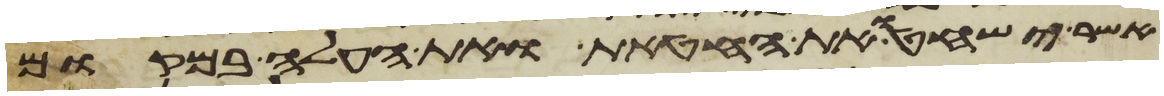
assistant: אשר ישחטו את החטאת ואת העלה במקום